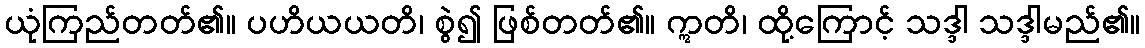
ယုံကြည်တတ်၏။ ပဟိယယတိ၊ စွဲ၍ ဖြစ်တတ်၏။ ဣတိ၊ ထို့ကြောင့် သဒ္ဒါ သဒ္ဒါမည်၏။